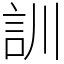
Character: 訓